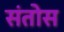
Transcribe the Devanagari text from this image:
संतोस